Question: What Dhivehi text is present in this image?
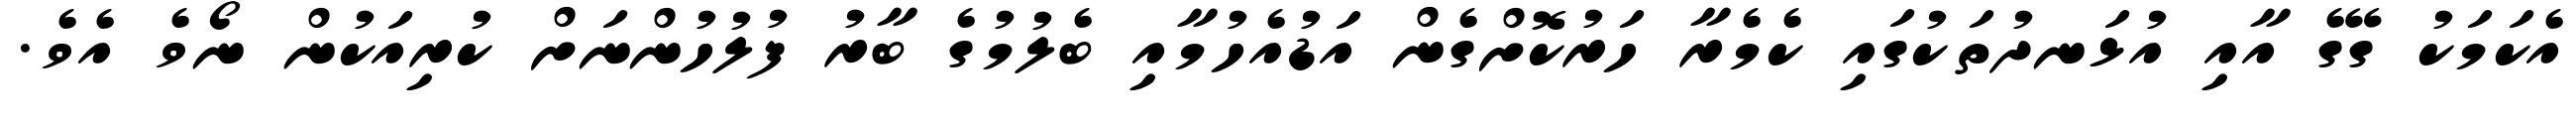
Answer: އެކަމަކު ގޭގެ އާއި އުޅަނދުތަކުގައި ކެމެރާ ހަރުކޮށްގެން އަޑުއެހުމާއި ބެލުމުގެ ބާރު ފުލުހުންނަށް ކުރިއަކުން ނޯވެ އެވެ.